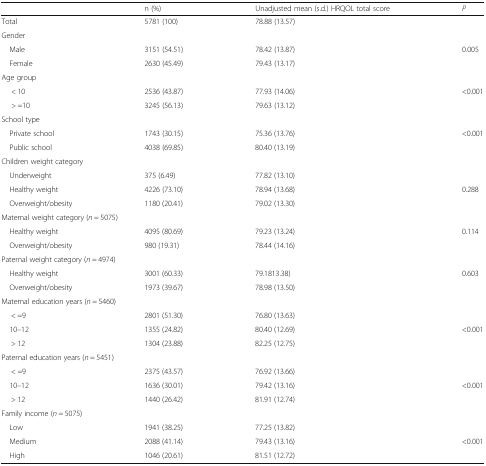
<table><thead><tr><td></td><td><b>n (%)</b></td><td><b>Unadjusted mean (s.d.) HRQOL total score</b></td><td><b><i>P</i></b></td></tr></thead><tbody><tr><td>Total</td><td>5781 (100)</td><td>78.88 (13.57)</td><td></td></tr><tr><td colspan="4">Gender</td></tr><tr><td> Male</td><td>3151 (54.51)</td><td>78.42 (13.87)</td><td>0.005</td></tr><tr><td> Female</td><td>2630 (45.49)</td><td>79.43 (13.17)</td><td></td></tr><tr><td colspan="4">Age group</td></tr><tr><td>&lt; 10</td><td>2536 (43.87)</td><td>77.93 (14.06)</td><td>&lt;0.001</td></tr><tr><td>&gt; =10</td><td>3245 (56.13)</td><td>79.63 (13.12)</td><td></td></tr><tr><td colspan="4">School type</td></tr><tr><td> Private school</td><td>1743 (30.15)</td><td>75.36 (13.76)</td><td>&lt;0.001</td></tr><tr><td> Public school</td><td>4038 (69.85)</td><td>80.40 (13.19)</td><td></td></tr><tr><td colspan="4">Children weight category</td></tr><tr><td> Underweight</td><td>375 (6.49)</td><td>77.82 (13.10)</td><td></td></tr><tr><td> Healthy weight</td><td>4226 (73.10)</td><td>78.94 (13.68)</td><td>0.288</td></tr><tr><td> Overweight/obesity</td><td>1180 (20.41)</td><td>79.02 (13.30)</td><td></td></tr><tr><td colspan="4">Maternal weight category (<i>n</i> = 5075)</td></tr><tr><td> Healthy weight</td><td>4095 (80.69)</td><td>79.23 (13.24)</td><td>0.114</td></tr><tr><td> Overweight/obesity</td><td>980 (19.31)</td><td>78.44 (14.16)</td><td></td></tr><tr><td colspan="4">Paternal weight category (<i>n</i> = 4974)</td></tr><tr><td> Healthy weight</td><td>3001 (60.33)</td><td>79.1813.38)</td><td>0.603</td></tr><tr><td> Overweight/obesity</td><td>1973 (39.67)</td><td>78.98 (13.50)</td><td></td></tr><tr><td colspan="4">Maternal education years (<i>n</i> = 5460)</td></tr><tr><td>&lt; =9</td><td>2801 (51.30)</td><td>76.80 (13.63)</td><td></td></tr><tr><td> 10–12</td><td>1355 (24.82)</td><td>80.40 (12.69)</td><td>&lt;0.001</td></tr><tr><td>&gt; 12</td><td>1304 (23.88)</td><td>82.25 (12.75)</td><td></td></tr><tr><td colspan="4">Paternal education years (<i>n</i> = 5451)</td></tr><tr><td>&lt; =9</td><td>2375 (43.57)</td><td>76.92 (13.66)</td><td></td></tr><tr><td> 10–12</td><td>1636 (30.01)</td><td>79.42 (13.16)</td><td>&lt;0.001</td></tr><tr><td>&gt; 12</td><td>1440 (26.42)</td><td>81.91 (12.74)</td><td></td></tr><tr><td colspan="4">Family income (<i>n</i> = 5075)</td></tr><tr><td> Low</td><td>1941 (38.25)</td><td>77.25 (13.82)</td><td></td></tr><tr><td> Medium</td><td>2088 (41.14)</td><td>79.43 (13.16)</td><td>&lt;0.001</td></tr><tr><td> High</td><td>1046 (20.61)</td><td>81.51 (12.72)</td><td></td></tr></tbody></table>